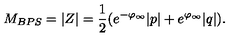
M _ { B P S } = | Z | = { \frac { 1 } { 2 } } ( e ^ { - \varphi _ { \infty } } | p | + e ^ { \varphi _ { \infty } } | q | ) .